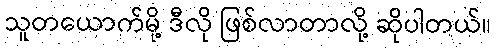
သူတယောက်မို့ ဒီလို ဖြစ်လာတာလို့ ဆိုပါတယ်။